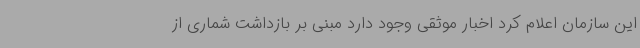
این سازمان اعلام کرد اخبار موثقی وجود دارد مبنی بر بازداشت شماری از